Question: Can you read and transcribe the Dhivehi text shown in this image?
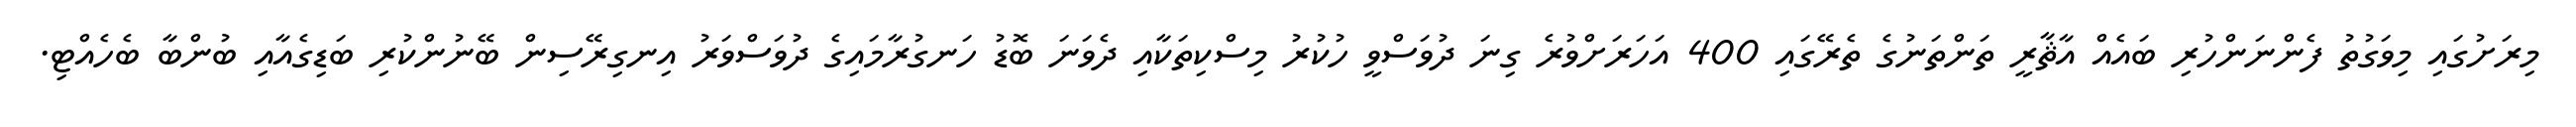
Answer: މިރަށުގައި މިވަގުތު ފެންނަންހުރި ބައެއް އާޘާރީ ތަންތަނުގެ ތެރޭގައި 400 އަހަރަށްވުރެ ގިނަ ދުވަސްވީ ހުކުރު މިސްކިތަކާއި ދެވަނަ ބޮޑު ހަނގުރާމައިގެ ދުވަސްވަރު އިނގިރޭސިން ބޭނުންކުރި ބަޑިގެއާއި ބުންބާ ބެހެއްޓި.